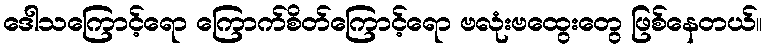
ဒေါသကြောင့်ရော ကြောက်စိတ်ကြောင့်ရော ဗလုံးဗထွေးတွေ ဖြစ်နေတယ်။